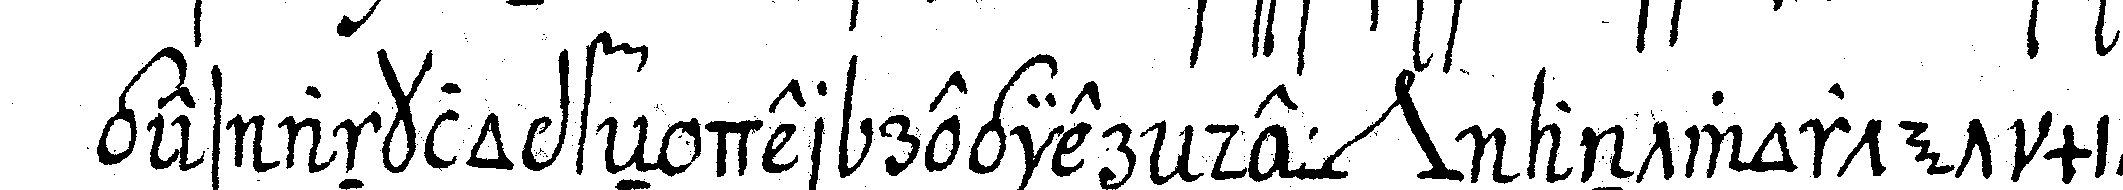
ges anklopfeN der regiereNde *nee* antwortet mit